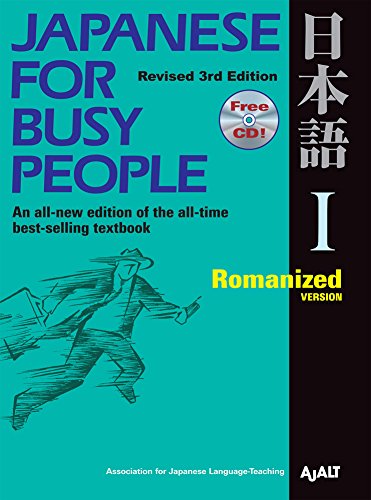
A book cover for Japanese for Busy People I: Romanized Version 1 CD attached (Japanese for Busy People Series); AJALT; Reference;